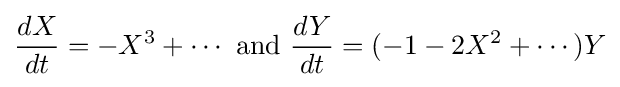
{\frac {dX}{dt}}=-X^{3}+\cdots {\text{ and }}{\frac {dY}{dt}}=(-1-2X^{2}+\cdots )Y